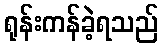
ရုန်းကန်ခဲ့ရသည်